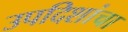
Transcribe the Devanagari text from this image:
उपदिशांचा